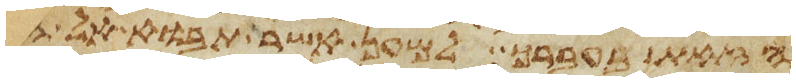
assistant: הזאת בעברך למען אשר תבוא אל